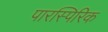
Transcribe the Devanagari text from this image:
पारस्पिरिक